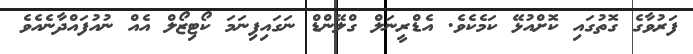
ފަރުވާގެ ގޮތުގައި ކޮށްއުޅޭ ކަމެކެވެ. އެޑްރީނަލް ގްލޭންޑް ނަގައިފިނަމަ ކޯޓިޒޯލް އެއް ނުއުފައްދާނެއެވެ